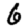
Digit: 6